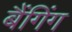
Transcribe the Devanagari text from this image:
बैंगिंग